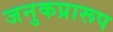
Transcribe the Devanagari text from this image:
जनुकप्रारूप